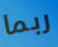
ربما